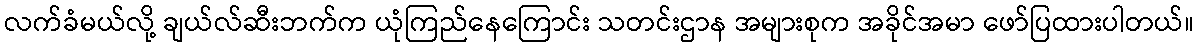
လက်ခံမယ်လို့ ချယ်လ်ဆီးဘက်က ယုံကြည်နေကြောင်း သတင်းဌာန အများစုက အခိုင်အမာ ဖော်ပြထားပါတယ်။